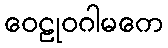
ဝေဠုဝဂါမကေ